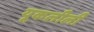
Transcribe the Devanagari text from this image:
यूकलीली